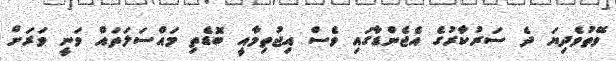
ވޭތުވެދިޔަ ދެ ސަރުކާރުގެ އެޖެންޑާގައި ވެސް އިޖުތިމާއީ ބޮޑެތި މައްސަލަތައް ވަނީ ވަރަށް